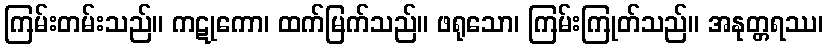
ကြမ်းတမ်းသည်။ ကဋုကော၊ ထက်မြက်သည်။ ဖရုသော၊ ကြမ်းကြုတ်သည်။ အနုတ္တရဿ၊